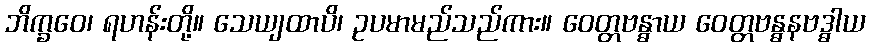
ဘိက္ခဝေ၊ ရဟန်းတို့။ သေယျထာပိ၊ ဥပမာမည်သည်ကား။ ဝေတ္တဗန္ဓာယ ဝေတ္တဗန္ဓနဗဒ္ဓါယ